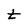
Character: t